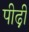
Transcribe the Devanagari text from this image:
पीढ़़ी